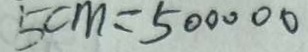
5 c m = 5 0 0 0 0 0